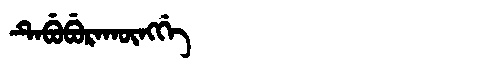
Manchu: ᡨᡝᠪᡠᠪᡠᡵᠠᡴᡡᠩᡤᡝ
Romanization: TEBUBURAKŪNGGE